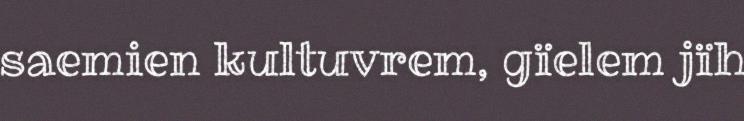
saemien kultuvrem, gïelem jïh